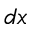
d x